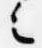
之